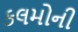
કલમોની